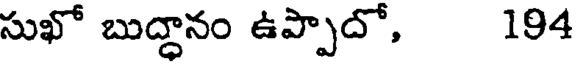
సుఖో బుద్ధానం ఉప్పాదో, 194